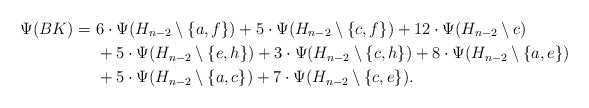
\begin{align*}\Psi (BK) =\ &6\cdot \Psi(H_{n-2}\setminus \{a,f\}) + 5\cdot \Psi(H_{n-2}\setminus \{c,f\})+12\cdot \Psi(H_{n-2}\setminus c) \\&+5\cdot \Psi(H_{n-2}\setminus \{e,h\})+3\cdot \Psi(H_{n-2}\setminus \{c,h\})+8\cdot \Psi(H_{n-2}\setminus \{a,e\})\\&+5\cdot \Psi(H_{n-2}\setminus \{a,c\})+7\cdot \Psi(H_{n-2}\setminus\{c,e\}).\end{align*}